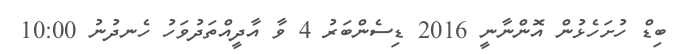
ބިޑް ހުށަހެޅުން އޮންނާނީ 2016 ޑިސެންބަރު 4 ވާ އާދީއްތަދުވަހު ހެނދުނު 10:00